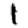
Digit: 1